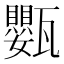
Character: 𭺩